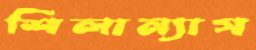
শিলান্যাস